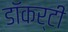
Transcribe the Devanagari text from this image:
डॉकर्टी